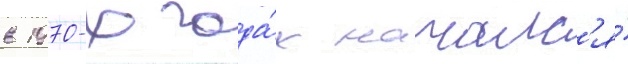
в 1970-х года́х началс'я́